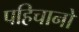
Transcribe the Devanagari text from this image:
पहिचानो